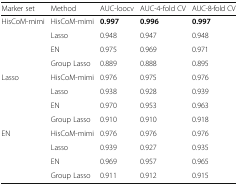
<table><thead><tr><td><b>Marker set</b></td><td><b>Method</b></td><td><b>AUC-loocv</b></td><td><b>AUC-4-fold CV</b></td><td><b>AUC-8-fold CV</b></td></tr></thead><tbody><tr><td rowspan="4">HisCoM-mimi</td><td>HisCoM-mimi</td><td><b>0.997</b></td><td><b>0.996</b></td><td><b>0.997</b></td></tr><tr><td>Lasso</td><td>0.948</td><td>0.947</td><td>0.948</td></tr><tr><td>EN</td><td>0.975</td><td>0.969</td><td>0.971</td></tr><tr><td>Group Lasso</td><td>0.889</td><td>0.888</td><td>0.895</td></tr><tr><td rowspan="4">Lasso</td><td>HisCoM-mimi</td><td>0.976</td><td>0.975</td><td>0.976</td></tr><tr><td>Lasso</td><td>0.938</td><td>0.928</td><td>0.939</td></tr><tr><td>EN</td><td>0.970</td><td>0.953</td><td>0.963</td></tr><tr><td>Group Lasso</td><td>0.910</td><td>0.910</td><td>0.918</td></tr><tr><td rowspan="4">EN</td><td>HisCoM-mimi</td><td>0.976</td><td>0.976</td><td>0.976</td></tr><tr><td>Lasso</td><td>0.939</td><td>0.927</td><td>0.935</td></tr><tr><td>EN</td><td>0.969</td><td>0.957</td><td>0.965</td></tr><tr><td>Group Lasso</td><td>0.911</td><td>0.912</td><td>0.915</td></tr></tbody></table>